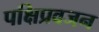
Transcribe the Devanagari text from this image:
पक्षिप्रवजन